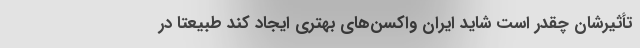
تأثیرشان چقدر است شاید ایران واکسن‌های بهتری ایجاد کند طبیعتاً در